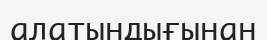
алатындығынан